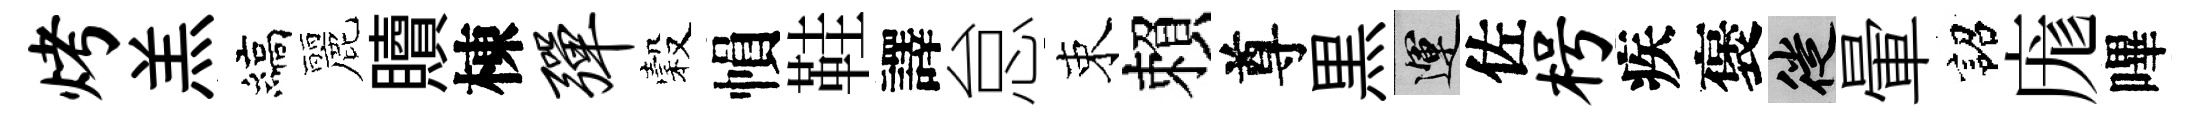
烤羔縞麗贖棟弹穀𢄙鞋譯怠束賴尊黒運佐枵疾褒徙暈詔庬嗶